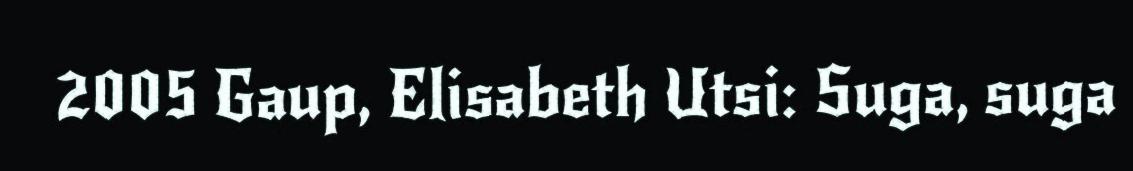
2005 Gaup, Elisabeth Utsi: Suga, suga